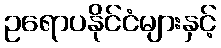
ဥရောပနိုင်ငံများနှင့်